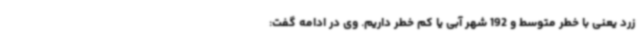
زرد یعنی با خطر متوسط و 192 شهر آبی یا کم خطر داریم. وی در ادامه گفت: